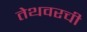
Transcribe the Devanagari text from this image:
तेथवरची